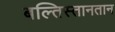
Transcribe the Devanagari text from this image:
बल्तिस्तानतान